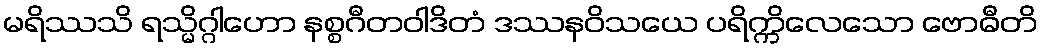
မရိဿသိ ရသ္မိဂ္ဂါဟော နစ္စဂီတဝါဒိတံ ဒဿနဝိသယေ ပရိက္ကိလေသော ဗောဓီတိ